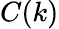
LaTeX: C(k)